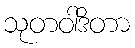
သုတဝါဒိတာ